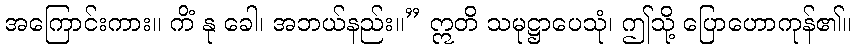
အကြောင်းကား။ ကိံ နု ခေါ၊ အဘယ်နည်း။” ဣတိ သမုဋ္ဌာပေသုံ၊ ဤသို့ ပြောဟောကုန်၏။